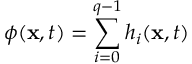
\phi ( \mathbf { x } , t ) = \sum _ { i = 0 } ^ { q - 1 } h _ { i } ( \mathbf { x } , t )